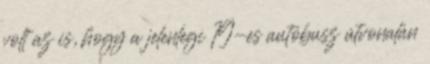
volt az is, hogy a jelenlegi 19-es autóbusz útvonalán